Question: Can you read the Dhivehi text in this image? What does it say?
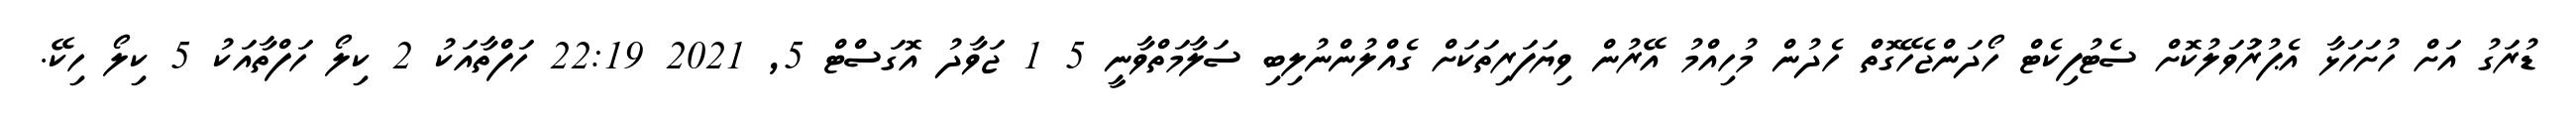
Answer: ޑުރަގު އަށް ހުށަހަޅާ އެޕުރަުވަލުކޮށް ސެޓުފިކެޓް ހޯދަންޖެހޭގޮތް ހެދުން މުހިއްމު އޭރުން ވިޔަފަރިތަކަށް ގެއްލުންނުލިބި ސަލާމަތްވާނީ 5 1 ޖަވާދު އޮގަސްޓް 5, 2021 22:19 ހަފްތާއަކު 2 ކިލޯ ހަފްތާއަކު 5 ކިލޯ ހިކޭ.